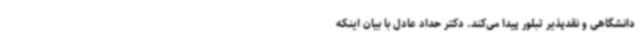
دانشگاهی و نقدپذیر تبلور پیدا می‌کند. دکتر حداد عادل با بیان اینکه